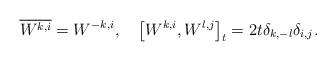
LaTeX: \begin{align*} \overline{W^{k, i}} = W^{-k, i}, \quad\big[W^{k, i}, W^{l, j} \big]_{t}= 2t \delta_{k, -l} \delta_{i, j} .\end{align*}